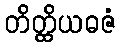
တိတ္ထိယဓဇံ